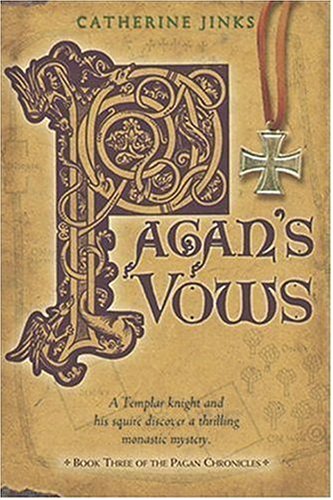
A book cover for Pagan's Vows: Book Three of the Pagan Chronicles; Catherine Jinks; Teen & Young Adult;